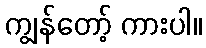
ကျွန်တော့် ကားပါ။